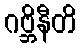
ဂဗ္ဘိနီတိ